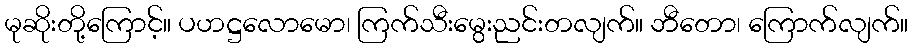
မုဆိုးတို့ကြောင့်။ ပဟဋ္ဌလောမော၊ ကြက်သီးမွေးညင်းတလျက်။ ဘီတော၊ ကြောက်လျက်။